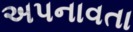
અપનાવતા